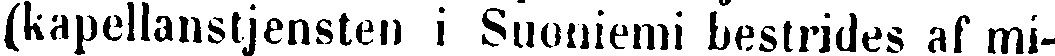
(kapellanstjensten i Suoniemi bestrides af mi-